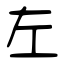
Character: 左